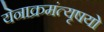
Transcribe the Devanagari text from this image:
येनाक्रमंत्यृषयो